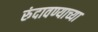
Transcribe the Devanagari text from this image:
रुंदावण्याच्या